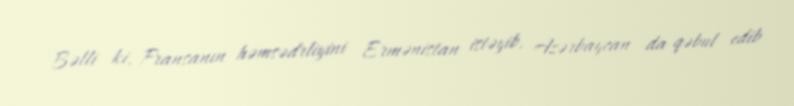
Bəlli ki, Fransanın həmsədrliyini Ermənistan istəyib, Azərbaycan da qəbul edib